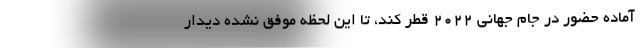
آماده حضور در جام جهانی 2022 قطر کند، تا این لحظه موفق نشده دیدار